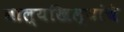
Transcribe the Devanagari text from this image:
वाल्यखिल्यांचे